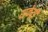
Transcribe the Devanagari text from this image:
राकेट्री